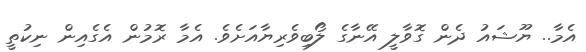
އެމާ.. ޔޫޝައު ދެން ގޮވާލީ އޭނާގެ ލޯބިވެރިޔާއަށެވެ. އެމާ ރޮމުން އެގެއިން ނިކުތީ